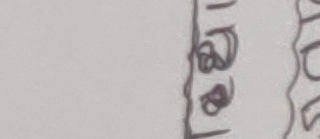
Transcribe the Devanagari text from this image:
१
८
८